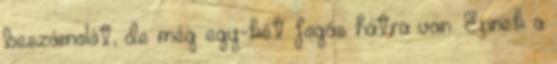
beszámolót, de még egy-két fogás hátra van.: Ennek a